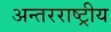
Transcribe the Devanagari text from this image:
अन्‍तरराष्ट्रीय